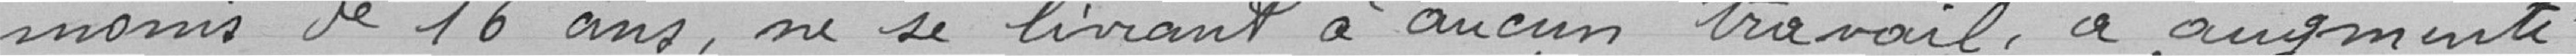
moins de 16 ans, ne se livrant à aucun travail , a augmenté